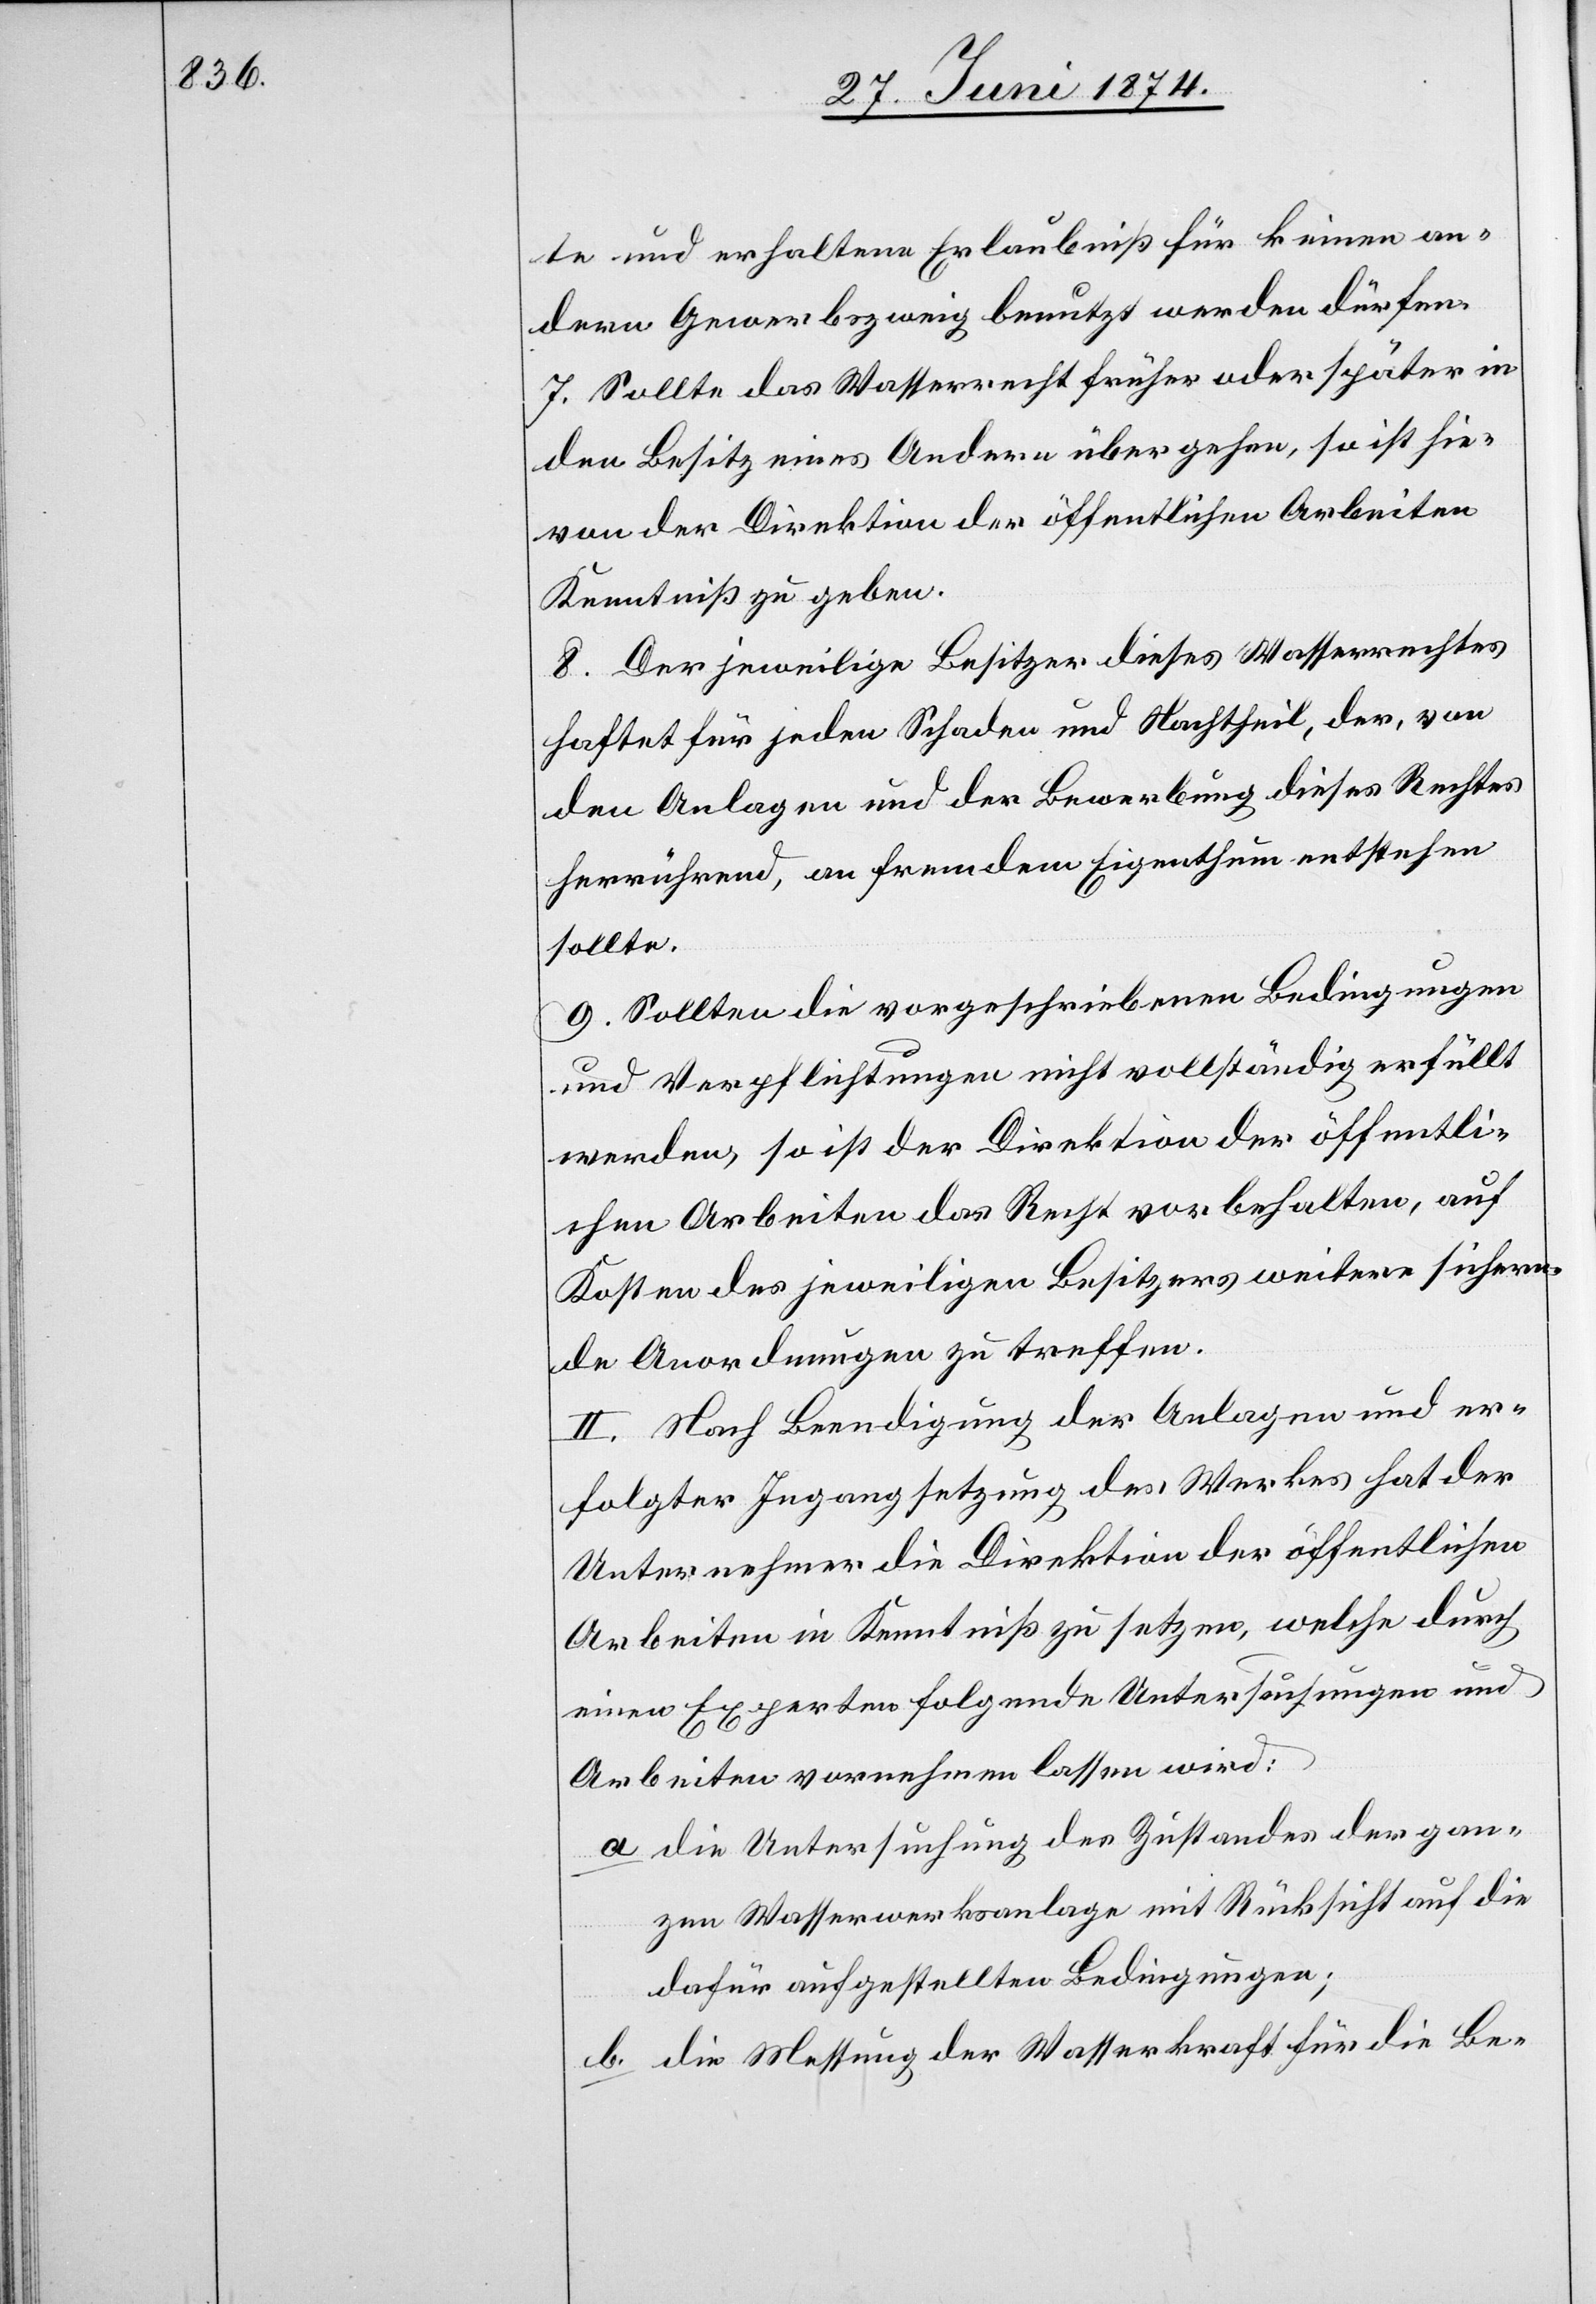
te und erhaltene Erlaubniß für keinen an¬
dern Gewerbszweig benutzt werden dürfen.
7. Sollte das Wasserrecht früher oder später in
den Besitz eines Andern übergehen, so ist hie¬
von der Direktion der öffentlichen Arbeiten
Kenntniß zu geben.
8. Der jeweilige Besitzer dieses Wasserrechtes
haftet für jeden Schaden und Nachtheil, der, von
den Anlagen und der Bewerbung dieses Rechtes
herrührend, an fremdem Eigenthum entstehen
sollte.
9. Sollten die vorgeschriebenen Bedingungen
und Verpflichtungen nicht vollständig erfüllt
werden, so ist der Direktion der öffentli¬
chen Arbeiten das Recht vorbehalten, auf
Kosten des jeweiligen Besitzers weitere sichern¬
de Anordnungen zu treffen.
II. Nach Beendigung der Anlagen und er¬
folgter Ingangsetzung des Werkes hat der
Unternehmer die Direktion der öffentlichen
Arbeiten in Kenntniß zu setzen, welche durch
einen Experten folgende Untersuchungen und
Arbeiten vornehmen lassen wird:
a. die Untersuchung des Zustandes der gan¬
zen Wasserwerksanlage mit Rücksicht auf die
dafür aufgestellten Bedingungen;
b. die Messung der Wasserkraft für die Be-